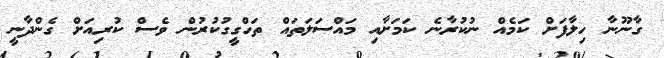
ގާނޫނާ ހިލާފަށް ކަމެއް ނުކުރާނެ ކަމަށާއި މައްސަލަތައް ތަހްގީގުކުރުން ވެސް ކުރިއަށް ގެންދާނީ